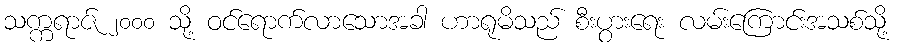
သက္ကရာဇ် ၂၀၀၀ သို့ ဝင်ရောက်လာသောအခါ ဟာရုမိသည် စီးပွားရေး လမ်းကြောင်းအသစ်သို့